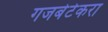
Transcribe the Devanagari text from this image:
गजबेटेकरा